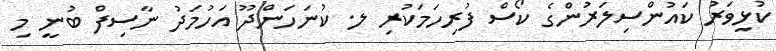
ކުޅިވަރު ކައުންސިލަރުންގެ ކޯސް ފުރިހަމަކުރި ލ. ކުނަހަންދޫ އަހުމަދު ނާސިފް ބުނީ މި